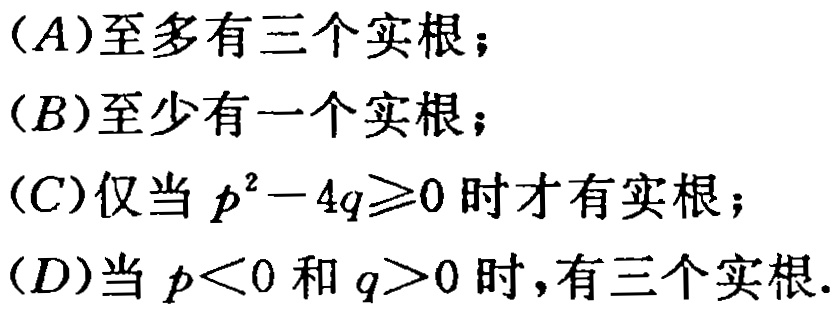
(A)至多有三个实根；
(B)至少有一个实根；
(C)仅当 \(p^{2}-4q\geqslant0\) 时有实根；
(D)当 \(p<0\) 和 \(q>0\) 时，有三个实根.